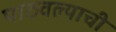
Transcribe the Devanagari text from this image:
पाठवल्याची